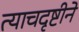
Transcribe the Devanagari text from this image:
त्याचदृष्टीने